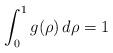
LaTeX: \begin{align*} \int_0^1 g(\rho)\,d\rho = 1\end{align*}